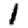
Digit: 1